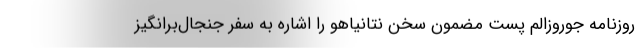
روزنامه جوروزالم پست مضمون سخن نتانیاهو را اشاره به سفر جنجال‌برانگیز